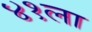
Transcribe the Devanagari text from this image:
४१ला